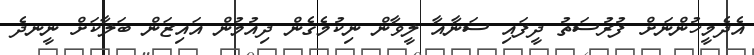
އެދެމީހުންނަށް ފުރުސަތު ދީފައި ސަނާއާ ލީވާން ނިކުމެގެން ދިއުމުން އައިޒަން ބަލާކަށް ނީނދެ